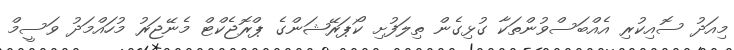
މިއަދު ސޮއިކުރި އެއްބަސްވުންތަކާ ގުޅިގެން ތިލަފުށި ކޯޕަރޭޝަންގެ ޕްރޮޖެކްޓް މެނޭޖަރު މުހައްމަދު ވަސީމް